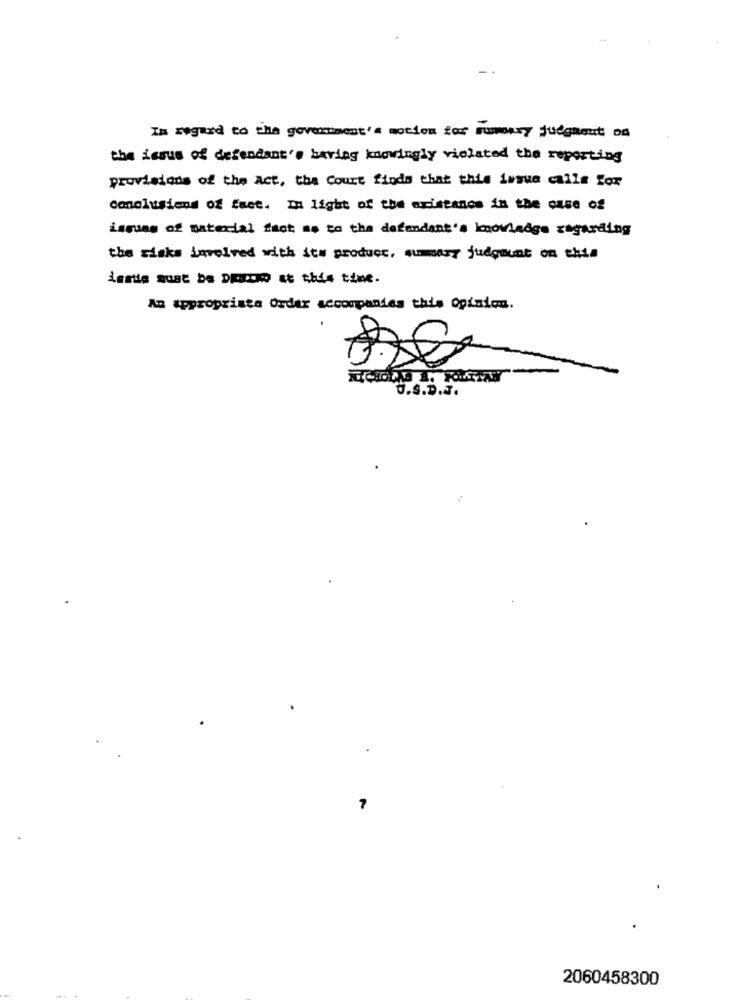
In regard to the government's motion for summary judgment of
the issus of defendant's baring knowingly violated the reporting
provisions of the Act, the Court finds that this issue calls for
conclusiend of fact. In light of the axistanos in the case of
issues of material fast as to the defendant's knowledge regarding
the risks involved with ste product, summary judgment on this
isatis must be Draco at this time.
An appropriate Ordar accompanies this opinion.
U.S.D.J.
7
2060458300